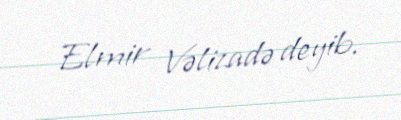
Elmir Vəlizadə deyib.